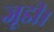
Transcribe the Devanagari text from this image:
जूडी।